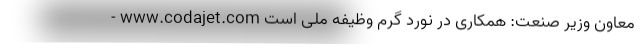
- www.codajet.com معاون وزیر صنعت: همکاری در نورد گرم وظیفه ملی است